Report of the Indian Hemp Drugs Commission, 1894-1895 - Volume IV
Year: 1894
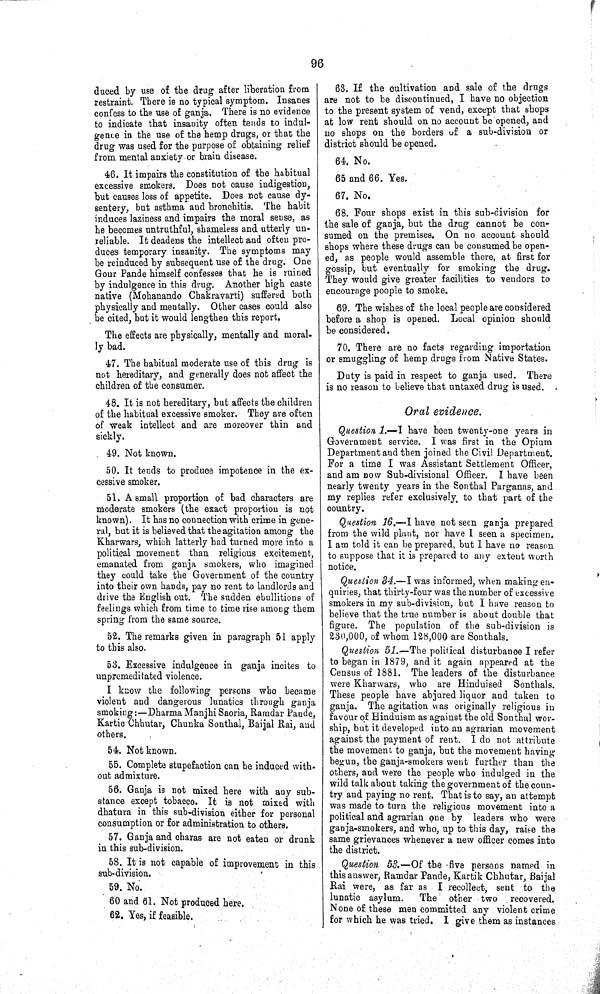
96
duced by use of the drug after liberation from
restraint. There is no typical symptom. Insanes
confess to the use of ganja. There is no evidence
to indicate that insanity often tends to indul-
gence in the use of the hemp drugs, or that the
drug was used for the purpose of obtaining relief
from mental anxiety or brain disease.
46. It impairs the constitution of the habitual
excessive smokers. Does not cause indigestion,
but causes loss of appetite. Does not cause dy-
sentery, but asthma and bronchitis. The habit
induces laziness and impairs the moral sense, as
he becomes untruthful, shameless and utterly un-
reliable. It deadens the intellect and often pro-
duces temporary insanity. The symptoms may
be reinduced by subsequent use of the drug. One
Gour Pande himself confesses that he is ruined
by indulgence in this drug. Another high caste
native (Mohanando Chakravarti) suffered both
physically and mentally. Other cases could also
be cited, but it would lengthen this report.
The effects are physically, mentally and moral-
ly bad.
47. The habitual moderate use of this drug is
not hereditary, and generally does not affect the
children of the consumer.
48. It is not hereditary, but affects the children
of the habitual excessive smoker. They are often
of weak intellect and are moreover thin and
sickly.
49. Not known.
50. It tends to produce impotence in the ex-
cessive smoker.
51. A small proportion of bad characters are
moderate smokers (the exact proportion is not
known). It has no connection with crime in gene-
ral, but it is believed that the agitation among the
Kharwars, which latterly had turned more into a
political movement than religious excitement,
emanated from ganja smokers, who imagined
they could take the Government of the country
into their own hands, pay no rent to landlords and
drive the English out. The sudden ebullitions of
feelings which from time to time rise among them
spring from the same source.
52. The remarks given in paragraph 51 apply
to this also.
53. Excessive indulgence in ganja incites to
unpremeditated violence.
I know the following persons who became
violent and dangerous lunatics through ganja
smoking:—Dharma Manjhi Saoria, Ramdar Pande,
Kartic Chhutar, Chunka Sonthal, Baijal Rai, and
others.
54. Not known.
55. Complete stupefaction can be induced with-
out admixture.
56. Ganja is not mixed here with any sub-
stance except tobacco. It is not mixed with
dhatura in this sub-division either for personal
consumption or for administration to others.
57. Ganja and charas are not eaten or drunk
in this sub-division.
58. It is not capable of improvement in this
sub-division.
59. No.
60 and 61. Not produced here.
62. Yes, if feasible.
63. If the cultivation and sale of the drugs
are not to be discontinued, I have no objection
to the present system of vend, except that shops
at low rent should on no account be opened, and
no shops on the borders of a sub-division or
district should be opened.
64. No.
65 and 66. Yes.
67. No.
68. Four shops exist in this sub-division for
the sale of ganja, but the drug cannot be con-
sumed on the premises. On no account should
shops where these drugs can be consumed be open-
ed, as people would assemble there, at first for
gossip, but eventually for smoking the drug.
They would give greater facilities to vendors to
encourage poople to smoke.
69. The wishes of the local people are considered
before a shop is opened. Local opinion should
be considered.
70. There are no facts regarding importation
or smuggling of hemp drugs from Native States.
Duty is paid in respect to ganja used. There
is no reason to believe that untaxed drug is used.
Oral evidence.
Question 1.—I have been twenty-one years in
Government service. I was first in the Opium
Department and then joined the Civil Department.
For a time I was Assistant Settlement Officer,
and am now Sub-divisional Officer. I have been
nearly twenty years in the Sonthal Parganas, and
my replies refer exclusively, to that part of the
country.
Question 16.—I have not seen ganja prepared
from the wild plant, nor have I seen a specimen.
I am told it can be prepared, but I have no reason
to suppose that it is prepared to any extent worth
notice.
Question 34.—I was informed, when making en-
quiries, that thirty-four was the number of excessive
smokers in my sub-division, but I have reason to
believe that the true number is about double that
figure. The population of the sub-division is
230,000, of whom 128,000 are Sonthals.
Question 51.—The political disturbance I refer
to began in 1879, and it again appeared at the
Census of 1881. The leaders of the disturbance
were Kharwars, who are Hinduised Sonthals.
These people have abjured liquor and taken to
ganja. The agitation was originally religious in
favour of Hinduism as against the old Sonthal wor-
ship, but it developed into an agrarian movement
against the payment of rent. I do not attribute
the movement to ganja, but the movement having
begun, the ganja-smokers went further than the
others, and were the people who indulged in the
wild talk about taking the government of the coun-
try and paying no rent. That is to say, an attempt
was made to turn the religious movement into a
political and agrarian one by leaders who were
ganja-smokers, and who, up to this day, raise the
same grievances whenever a new officer comes into
the district.
Question 53.—Of the five persons named in
this answer, Ramdar Pande, Kartik Chhutar, Baijal
Rai were, as far as I recollect, sent to the
lunatic asylum. The other two recovered.
None of these men committed any violent crime
for which he was tried. I give them as instances`